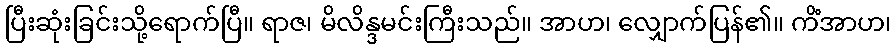
ပြီးဆုံးခြင်းသို့ရောက်ပြီ။ ရာဇ၊ မိလိန္ဒမင်းကြီးသည်။ အာဟ၊ လျှောက်ပြန်၏။ ကိံအာဟ၊